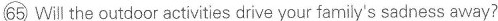
\bigcirc{65} Will the outdoor activities drive your family's sadness away?